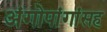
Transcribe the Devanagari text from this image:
अंगोपांगांसह